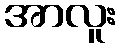
အာလူး